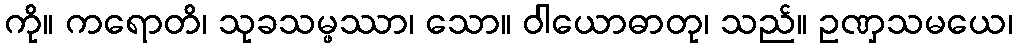
ကို။ ကရောတိ၊ သုခသမ္ဖဿာ၊ သော။ ဝါယောဓာတု၊ သည်။ ဥဏှသမယေ၊